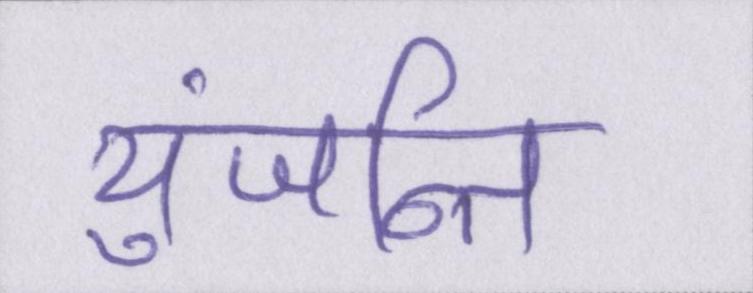
युंजन्ति